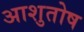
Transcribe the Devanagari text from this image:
अाशुतोष